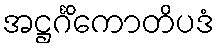
အဋ္ဌင်္ဂိကောတိပဒံ